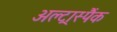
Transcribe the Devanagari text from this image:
अल्ट्रास्पैंक